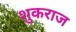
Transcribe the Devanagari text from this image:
शुकराज